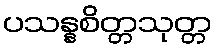
ပသန္နစိတ္တသုတ္တ